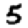
Digit: 5